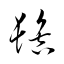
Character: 髻